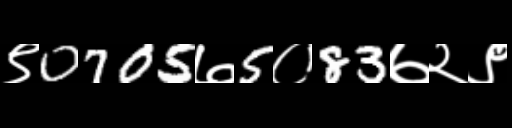
Text: ९0705७5०83७२९